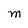
Character: M